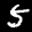
Label: 5